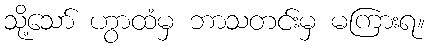
သို့သော် ဟွာထံမှ ဘာသတင်းမှ မကြားရ။